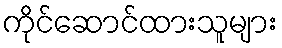
ကိုင်ဆောင်ထားသူများ